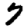
Digit: 7